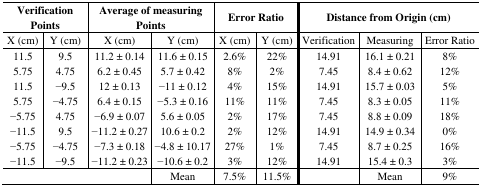
<table><thead><tr><td colspan="2"><b>Verification Points</b></td><td colspan="2"><b>Average of measuring Points</b></td><td colspan="2"><b>Error Ratio</b></td><td colspan="3"><b>Distance from Origin (cm)</b></td></tr><tr><td><b>X (cm)</b></td><td><b>Y (cm)</b></td><td><b>X (cm)</b></td><td><b>Y (cm)</b></td><td><b>X (cm)</b></td><td><b>Y (cm)</b></td><td><b>Verification</b></td><td><b>Measuring</b></td><td><b>Error Ratio</b></td></tr></thead><tbody><tr><td>11.5</td><td>9.5</td><td>11.2 ± 0.14</td><td>11.6 ± 0.15</td><td>2.6%</td><td>22%</td><td>14.91</td><td>16.1 ± 0.21</td><td>8%</td></tr><tr><td>5.75</td><td>4.75</td><td>6.2 ± 0.45</td><td>5.7 ± 0.42</td><td>8%</td><td>2%</td><td>7.45</td><td>8.4 ± 0.62</td><td>12%</td></tr><tr><td>11.5</td><td>−9.5</td><td>12 ± 0.13</td><td>−11 ± 0.12</td><td>4%</td><td>15%</td><td>14.91</td><td>15.7 ± 0.03</td><td>5%</td></tr><tr><td>5.75</td><td>−4.75</td><td>6.4 ± 0.15</td><td>−5.3 ± 0.16</td><td>11%</td><td>11%</td><td>7.45</td><td>8.3 ± 0.05</td><td>11%</td></tr><tr><td>−5.75</td><td>4.75</td><td>−6.9 ± 0.07</td><td>5.6 ± 0.05</td><td>2%</td><td>17%</td><td>7.45</td><td>8.8 ± 0.09</td><td>18%</td></tr><tr><td>−11.5</td><td>9.5</td><td>−11.2 ± 0.27</td><td>10.6 ± 0.2</td><td>2%</td><td>12%</td><td>14.91</td><td>14.9 ± 0.34</td><td>0%</td></tr><tr><td>−5.75</td><td>−4.75</td><td>−7.3 ± 0.18</td><td>−4.8 ± 10.17</td><td>27%</td><td>1%</td><td>7.45</td><td>8.7 ± 0.25</td><td>16%</td></tr><tr><td>−11.5</td><td>−9.5</td><td>−11.2 ± 0.23</td><td>−10.6 ± 0.2</td><td>3%</td><td>12%</td><td>14.91</td><td>15.4 ± 0.3</td><td>3%</td></tr><tr><td colspan="3"></td><td>Mean</td><td>7.5%</td><td>11.5%</td><td></td><td>Mean</td><td>9%</td></tr></tbody></table>